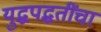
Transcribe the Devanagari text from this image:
युद्धपद्धतींचा